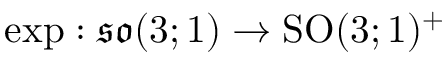
\exp : { \mathfrak { s o } } ( 3 ; 1 ) \to { \mathrm { S O } } ( 3 ; 1 ) ^ { + }